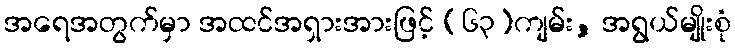
အရေအတွက်မှာ အထင်အရှားအားဖြင့် (၆၃)ကျမ်း, အရွယ်မျိုးစုံ